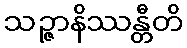
သဉ္ဇာနိဿန္တီတိ